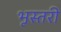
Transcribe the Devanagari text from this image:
भूस्तरी